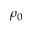
\rho _ { 0 }